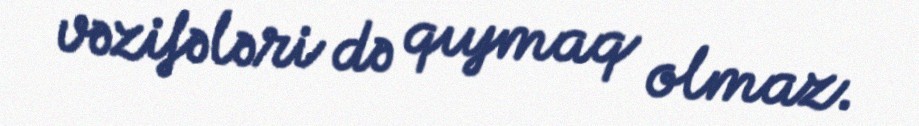
vəzifələri də qıymaq olmaz.